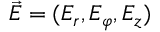
\vec { E } = ( E _ { r } , E _ { \varphi } , E _ { z } )